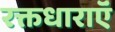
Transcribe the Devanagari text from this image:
रक्तधाराऍं